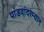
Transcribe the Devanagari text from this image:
पांडवांदरम्यान